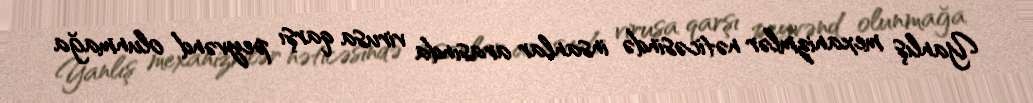
Yanlış mexanizmlər nəticəsində insanlar arasında virusa qarşı peyvənd olunmağa